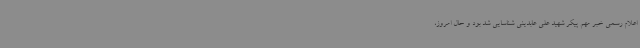
اعلام رسمی خبر مهم پیکر شهید علی عابدینی شناسایی شد بود و حال امروز،